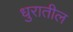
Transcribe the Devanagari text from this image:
धुरातील